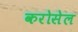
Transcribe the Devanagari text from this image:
करोसेल